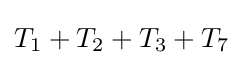
T_{1}+T_{2}+T_{3}+T_{7}